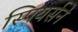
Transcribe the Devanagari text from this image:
स्पियर्सने